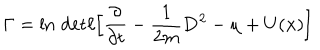
\Gamma = \ln \, \mathrm { d e t } \ell \Big \lbrack \frac { \partial } { \partial t } - \frac { 1 } { 2 m } { \bf D } ^ { 2 } - \mu + U ( { \bf x } ) \Big \rbrack